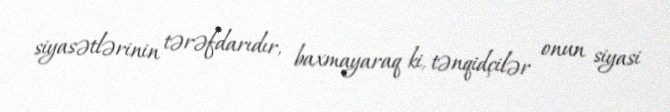
siyasətlərinin tərəfdarıdır, baxmayaraq ki, tənqidçilər onun siyasi